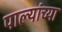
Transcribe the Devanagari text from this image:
पाल्यांच्या